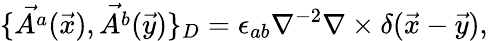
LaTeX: \{ \vec{A^{a}}(\vec{x}),\vec{A^{b}}(\vec{y})\} _{D}=\epsilon_{ab}\nabla^{-2}\nabla\times\delta(\vec{x}-\vec{y}),